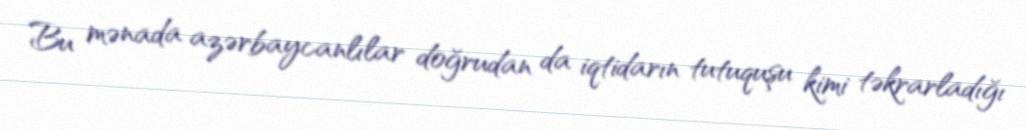
Bu mənada azərbaycanlılar doğrudan da iqtidarın tutuquşu kimi təkrarladığı